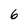
Character: 6